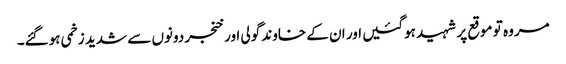
مروہ تو موقع پر شہید ہوگئیں اور ان کے خاوند گولی اور خنجر دونوں سے شدید زخمی ہوگئے۔